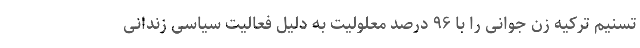
تسنیم ترکیه زن جوانی را با ۹۶ درصد معلولیت به دلیل فعالیت سیاسی زندانی